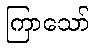
ကြာသော်